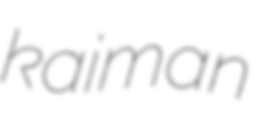
kaiman